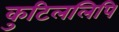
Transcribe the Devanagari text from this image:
कुटिललिपि